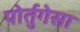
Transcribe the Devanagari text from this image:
पोर्तुगेसा